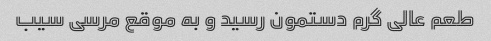
طعم عالی گرم دستمون رسید و به موقع مرسی سیب